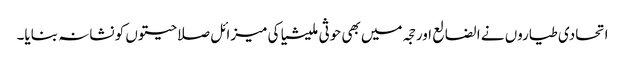
اتحادی طیاروں نے الضالع اور حجہ میں بھی حوثی ملیشیا کی میزائل صلاحیتوں کو نشانہ بنایا۔